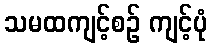
သမထကျင့်စဉ် ကျင့်ပုံ